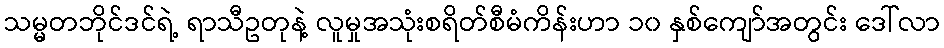
သမ္မတဘိုင်ဒင်ရဲ့ ရာသီဥတုနဲ့ လူမှုအသုံးစရိတ်စီမံကိန်းဟာ ၁၀ နှစ်ကျော်အတွင်း ဒေါ်လာ